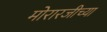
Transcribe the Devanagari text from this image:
मोरारजीच्या